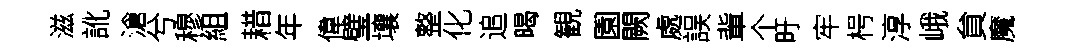
滋訛滄兮穆組耤年偉璧壤整化追暍観園闕處誤軰个旴牢枵淳峨貟魔